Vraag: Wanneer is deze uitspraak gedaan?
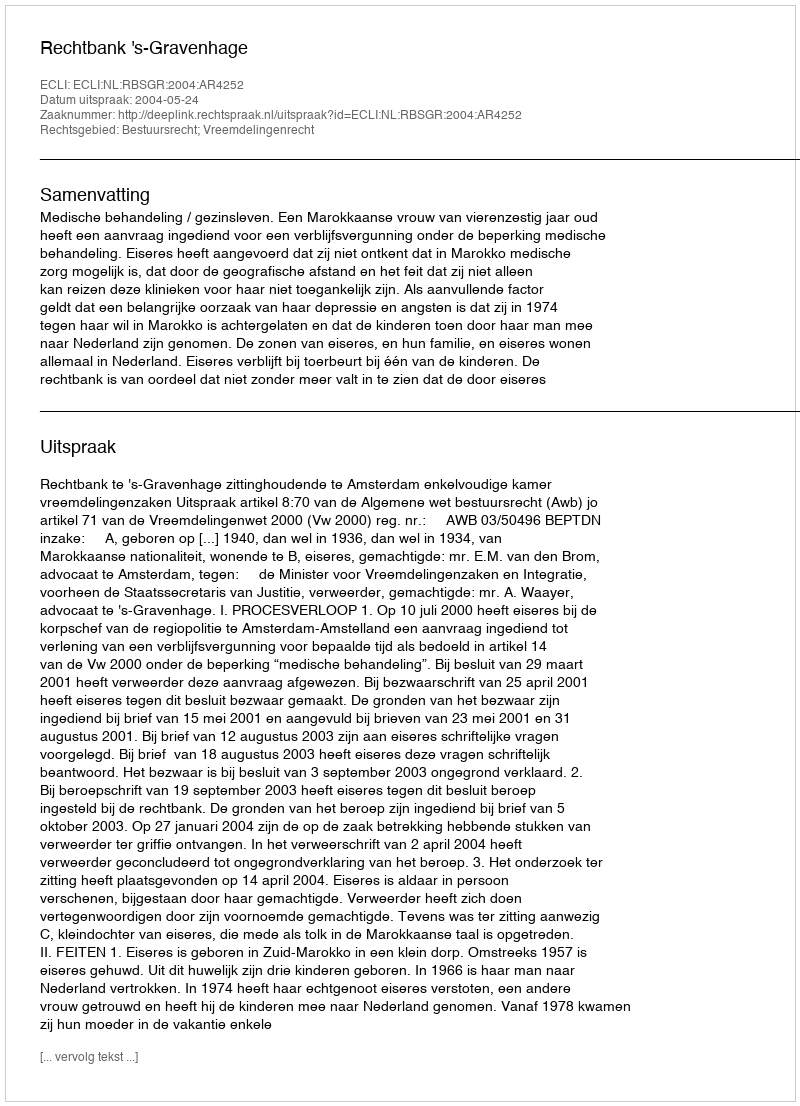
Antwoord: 2004-05-24